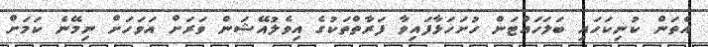
އެތަން ކުނިކަހައި ބަލަހައްޓަން ހުށަހަޅާފައިވާ ފަރާތްތަކުގެ އިވެލުއޭޝަން ވަރަށް އަވަހަށް ނިމޭނެ ކަމަށް